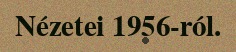
Nézetei 1956-ról.